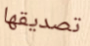
تصديقها